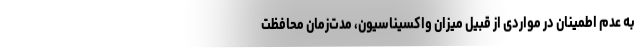
به عدم اطمینان در مواردی از قبیل میزان واکسیناسیون، مدت‌زمان محافظت